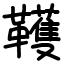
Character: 韄